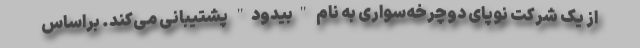
از یک شرکت نوپای دوچرخه‌سواری به نام "بیدود" پشتیبانی می‌کند. براساس